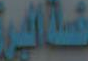
طالية